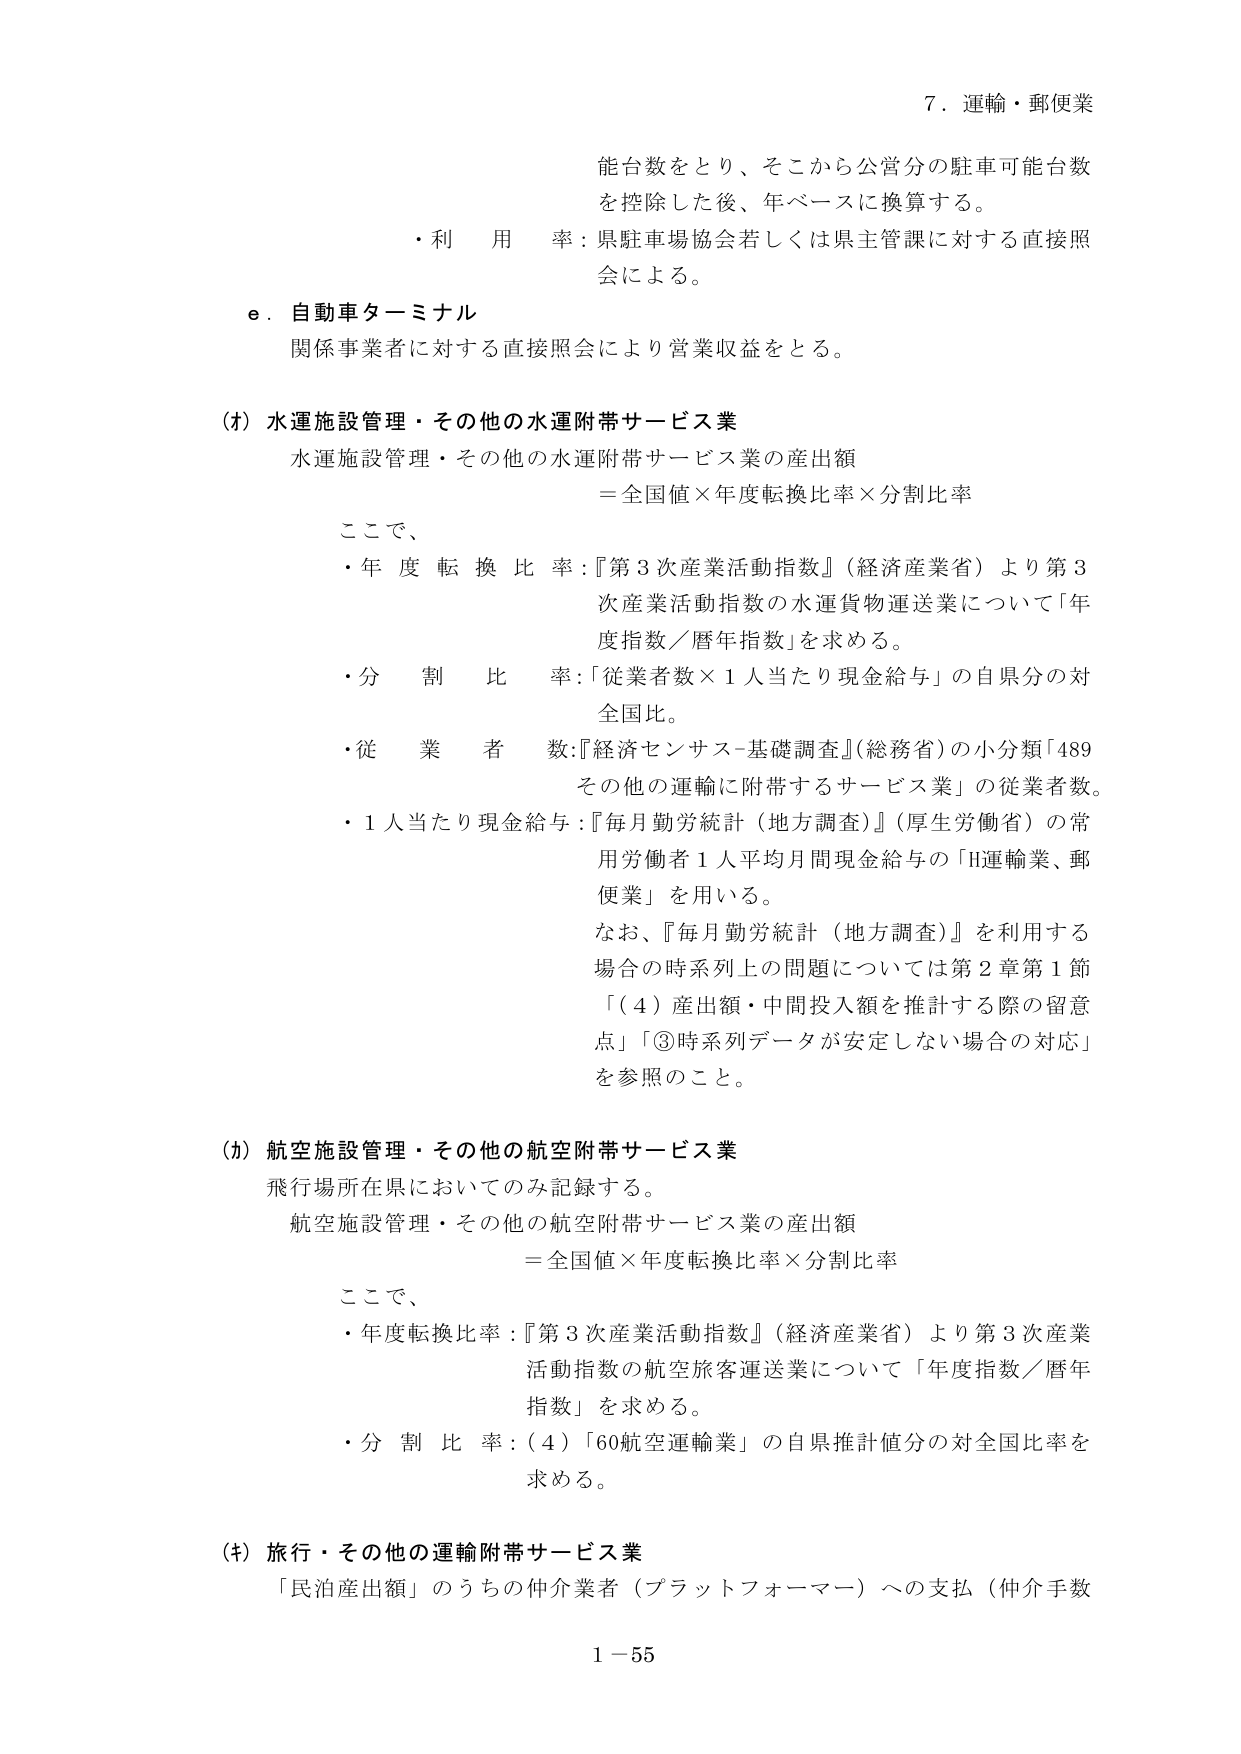
7．運輸・郵便業

能台数をとり、そこから公営分の駐車可能台数
を控除した後、年ベースに換算する。
・利用 率：県駐車場協会若しくは県主管課に対する直接照
会による。

e．自動車ターミナル
関係事業者に対する直接照会により営業収益をとる。

(オ) 水運施設管理・その他の水運附帯サービス業
水運施設管理・その他の水運附帯サービス業の産出額
＝全国値×年度転換比率×分割比率

ここで、
・年度転換比率：『第3次産業活動指数』（経済産業省）より第3
次産業活動指数の水運貨物運送業について「年度指数／暦年指数」を求める。
・分割比率：「従業者数×1人当たり現金給与」の自県分の対
全国比。
・従業者数：『経済センサス-基礎調査』（総務省）の小分類「489
その他の運輸に附帯するサービス業」の従業者数。
・1人当たり現金給与：『毎月勤労統計（地方調査）』（厚生労働省）の常
用労働者1人平均月間現金給与の「H運輸業、郵
便業」を用いる。
なお、『毎月勤労統計（地方調査）』を利用する
場合の時系列上の問題については第2章第1節
「（4）産出額・中間投入額を推計する際の留意
点」「③時系列データが安定しない場合の対応」
を参照のこと。

(カ) 航空施設管理・その他の航空附帯サービス業
飛行場所在県においてのみ記録する。
航空施設管理・その他の航空附帯サービス業の産出額
＝全国値×年度転換比率×分割比率

ここで、
・年度転換比率：『第3次産業活動指数』（経済産業省）より第3次産業
活動指数の航空旅客運送業について「年度指数／暦年
指数」を求める。
・分割比率：（4）「60航空運輸業」の自県推計値分の対全国比率を
求める。

(キ) 旅行・その他の運輸附帯サービス業
「民泊産出額」のうちの仲介業者（プラットフォーマー）への支払（仲介手数

1－55